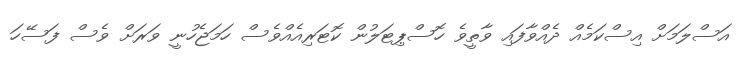
އަސްލަމަށް އިސްކަމެއް ދެއްވާފައި ވާތީވެ ހޮސްޕިޓަލުން ކޮޓަރިއެއްވެސް ހަމަޖެހުނީ ވަރަށް ވެސް ފަސޭހަ